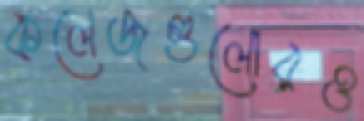
কলেজগুলোরও